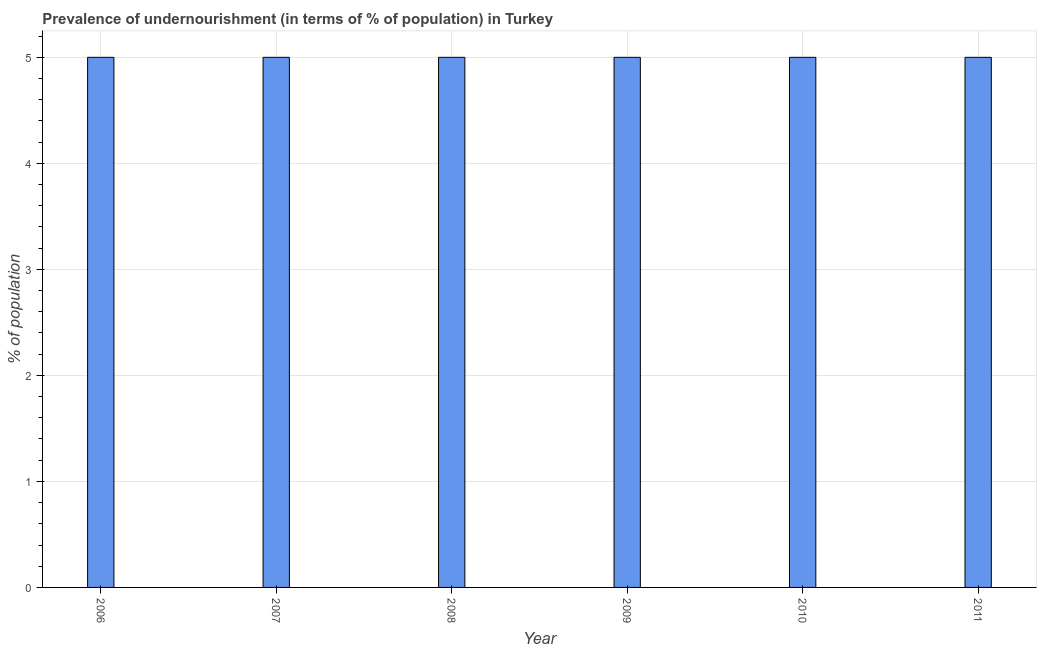
| Year | Prevalence of undernourishment |
 | --- | --- |
 | 2006 | 5 |
 | 2007 | 5 |
 | 2008 | 5 |
 | 2009 | 5 |
 | 2010 | 5 |
 | 2011 | 5 |